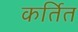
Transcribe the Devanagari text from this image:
कर्तित